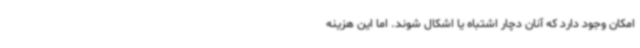
امکان وجود دارد که آنان دچار اشتباه یا اشکال شوند. اما این هزینه